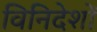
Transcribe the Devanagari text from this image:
विनिदेशों